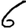
Digit: 6